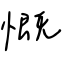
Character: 慨